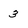
Character: 3